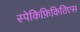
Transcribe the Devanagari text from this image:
स्पेकिफ़िकितिएस